Report on the working of the mental hospitals for Indians in Bihar and Orissa - 1925-1929
Year: 1925
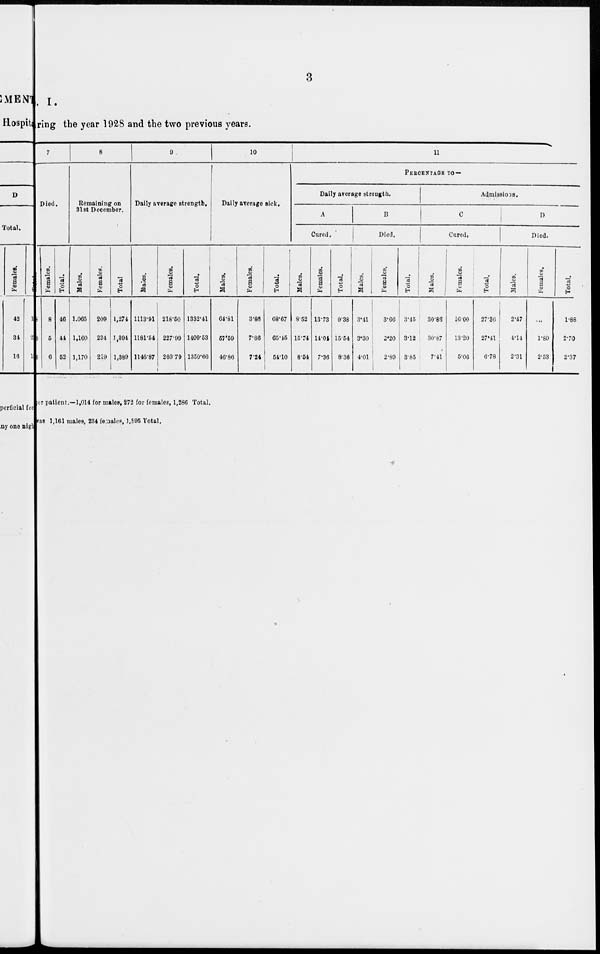
3
. I.
ring the year 1928 and the two previous years.
7
Died.
Males.
38
39
46
Females.
8
5
6
Total.
46
44
52
8
Remaining on
31st December.
Males.
1,065
1,160
1,170
Females.
209
234
219
Total.
1,274
1,394
1,389
9
Daily average strength.
Males.
1113.91
1181.54
1146.87
Females.
218.50
227.99
203.79
Total.
1332.41
1409.53
1350.66
10
Daily average sick.
Males.
64.81
57.69
46.86
Females.
3.86
7.86
7.24
Total.
68.67
65.45
54.10
11
PERCENTAGE TO—
Daily average strength.
A
Cured.
Males.
8.52
15.74
8.54
Females.
13.73
14.04
7.36
Total.
9.38
15.54
8.36
B
Died.
Males.
3.41
3.30
4.01
Females.
3.66
2.20
2.89
Total.
3.45
3.12
3.85
Admissions.
C
Cured.
Males.
30.86
30.87
7.41
Females.
16.00
13.20
5.06
Total.
27.36
27.41
6.78
D
Died.
Males.
2.47
4.14
2.31
Females.
...
1.89
2.53
Total.
1.88
2.70
2.37
per patient.—1,014 for males, 272 for females, 1,286 Total,
was 1,161 males, 234 females, 1,895 Total.